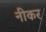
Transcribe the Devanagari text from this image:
नीकर